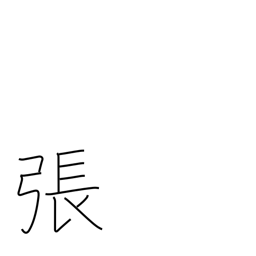
Meaning: counter for bows & stringed instruments